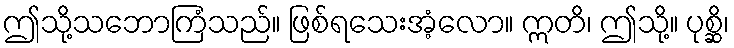
ဤသို့သဘောကြံသည်။ ဖြစ်ရသေးအံ့လော။ ဣတိ၊ ဤသို့။ ပုစ္ဆိ၊